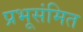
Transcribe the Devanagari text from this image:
प्रभूसंमित